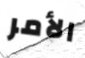
الأمر